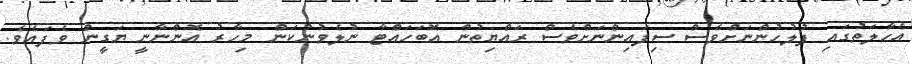
އެހާލަތުގައި ފުލުހުންނަށްވެސް ސިފައިންނަށްވެސް ރައްޔިތުން އޮބަހައްޓާ ނުލެވުނުކަން މިހާރު އޮންނާނީ ޔަގީން ވެފައެވެ.